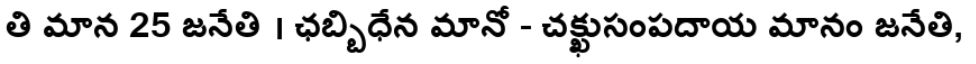
తి మాన 25 జనేతి । ఛబ్బిధేన మానో - చక్ఖుసంపదాయ మానం జనేతి,